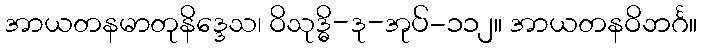
အာယတနမာတုနိဒ္ဒေသ၊ ဝိသုဒ္ဓိ-ဒု-အုပ်-၁၁၂။ အာယတနဝိဘင်္ဂ။